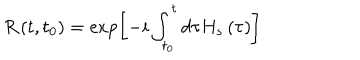
LaTeX: R \left( t , t _ { 0 } \right) = \exp \left[ - i \int _ { t _ { 0 } } ^ { t } d \tau H _ { s } \left( \tau \right) \right]